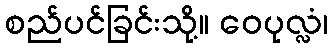
စည်ပင်ခြင်းသို့။ ဝေပုလ္လံ၊